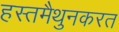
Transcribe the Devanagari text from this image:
हस्तमैथुनकरत